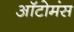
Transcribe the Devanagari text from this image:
ऑटोमंस